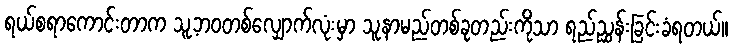
ရယ်စရာကောင်းတာက သူ့ဘဝတစ်လျှောက်လုံးမှာ သူ့နာမည်တစ်ခုတည်းကိုသာ ရည်ညွှန်းခြင်းခံရတယ်။